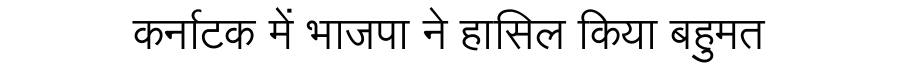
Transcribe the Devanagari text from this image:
कर्नाटक में भाजपा ने हासिल किया बहुमत